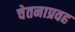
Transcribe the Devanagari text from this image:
चेतनाप्रवह